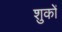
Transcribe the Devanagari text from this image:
शुकों